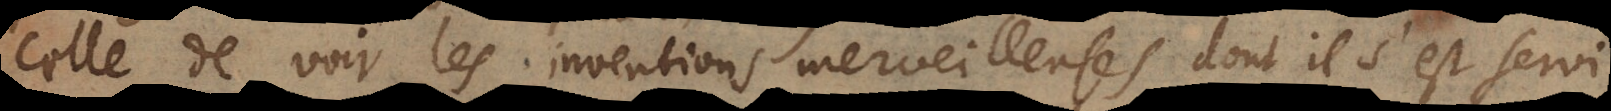
celle de voir les inventions merveilleuses dont il s’est servi